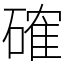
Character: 確